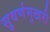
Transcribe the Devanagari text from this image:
सुवर्णमुखरी